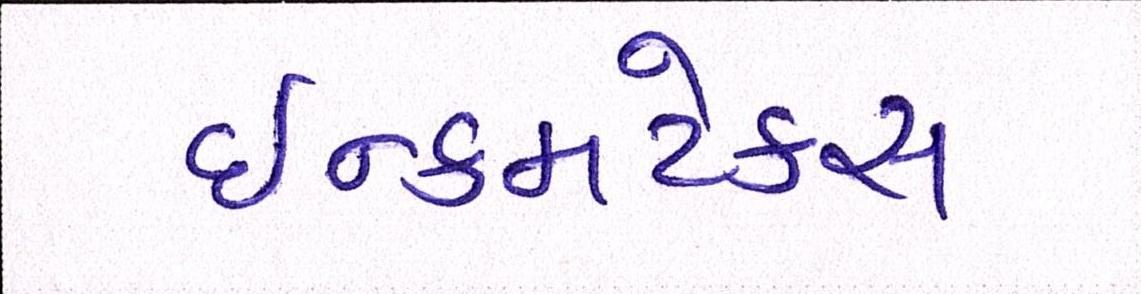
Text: ઈન્કમટેક્સ